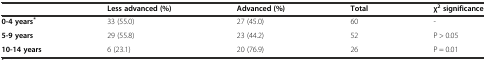
<table><thead><tr><td></td><td><b>Less advanced (%)</b></td><td><b>Advanced (%)</b></td><td><b>Total</b></td><td><b>χ<sup>2</sup> significance</b></td></tr></thead><tbody><tr><td><b>0-4 years</b><sup><b>*</b></sup></td><td>33 (55.0)</td><td>27 (45.0)</td><td>60</td><td>-</td></tr><tr><td><b>5-9 years</b></td><td>29 (55.8)</td><td>23 (44.2)</td><td>52</td><td>P &gt; 0.05</td></tr><tr><td><b>10-14 years</b></td><td>6 (23.1)</td><td>20 (76.9)</td><td>26</td><td>P = 0.01</td></tr></tbody></table>